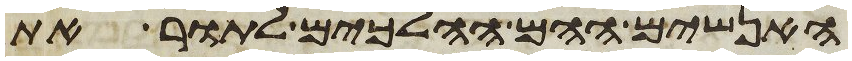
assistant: האנשים ההם ההלכים לתור את